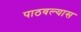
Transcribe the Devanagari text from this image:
पाठवल्‍यास